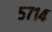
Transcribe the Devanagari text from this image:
५७१४